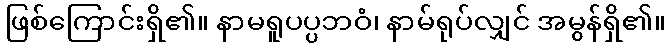
ဖြစ်ကြောင်းရှိ၏။ နာမရူပပ္ပဘဝံ၊ နာမ်ရုပ်လျှင် အမွန်ရှိ၏။